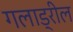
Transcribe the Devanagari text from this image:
गलाड्रील